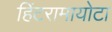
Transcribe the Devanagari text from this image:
हिंटरामायोटा